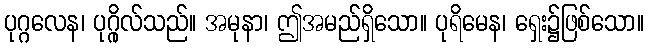
ပုဂ္ဂလေန၊ ပုဂ္ဂိုလ်သည်။ အမုနာ၊ ဤအမည်ရှိသော။ ပုရိမေန၊ ရှေး၌ဖြစ်သော။